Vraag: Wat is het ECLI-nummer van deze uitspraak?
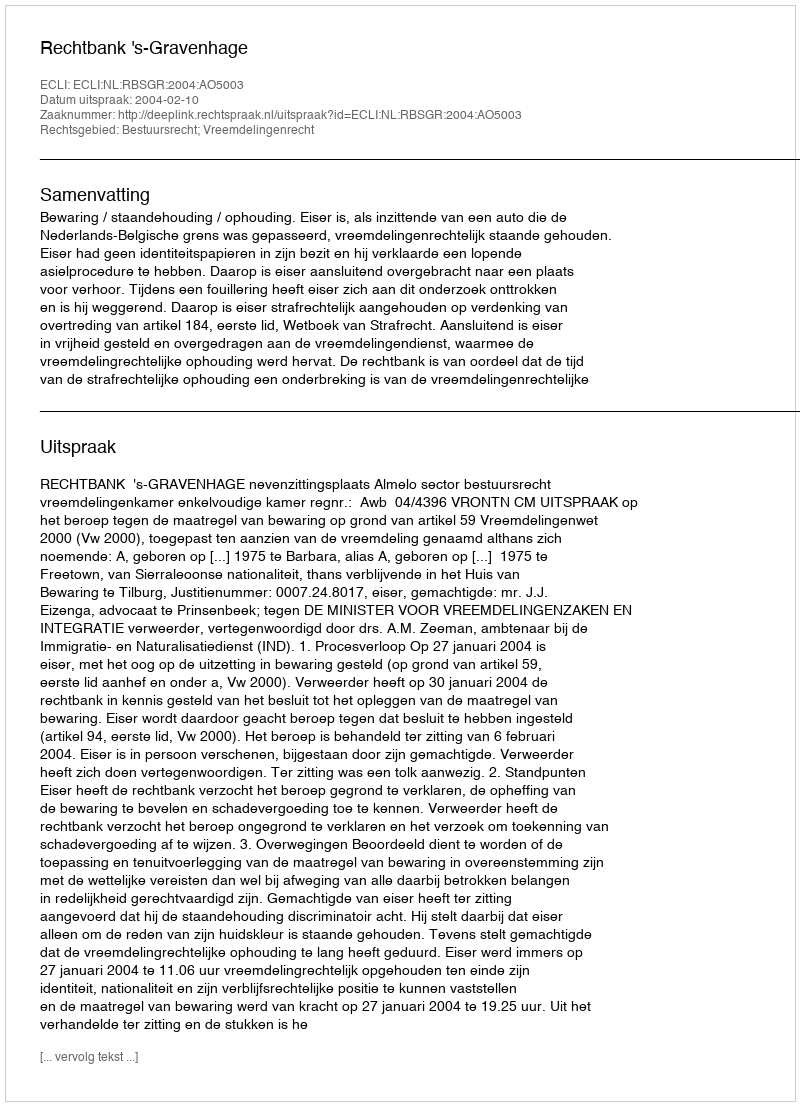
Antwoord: ECLI:NL:RBSGR:2004:AO5003